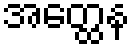
အတ္ထေန